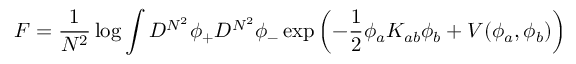
F = { \frac { 1 } { N ^ { 2 } } } \log \int D ^ { N ^ { 2 } } \phi _ { + } D ^ { N ^ { 2 } } \phi _ { - } \exp \left( - { \frac { 1 } { 2 } } \phi _ { a } K _ { a b } \phi _ { b } + V ( \phi _ { a } , \phi _ { b } ) \right)